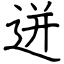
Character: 迸